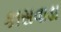
કાસવાડા